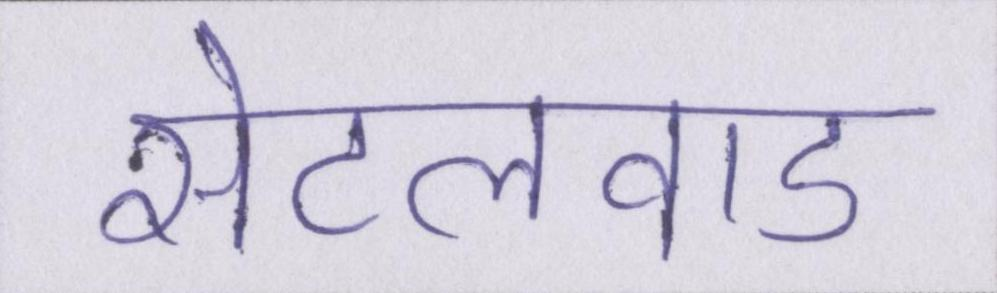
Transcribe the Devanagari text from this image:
सेटलवाड